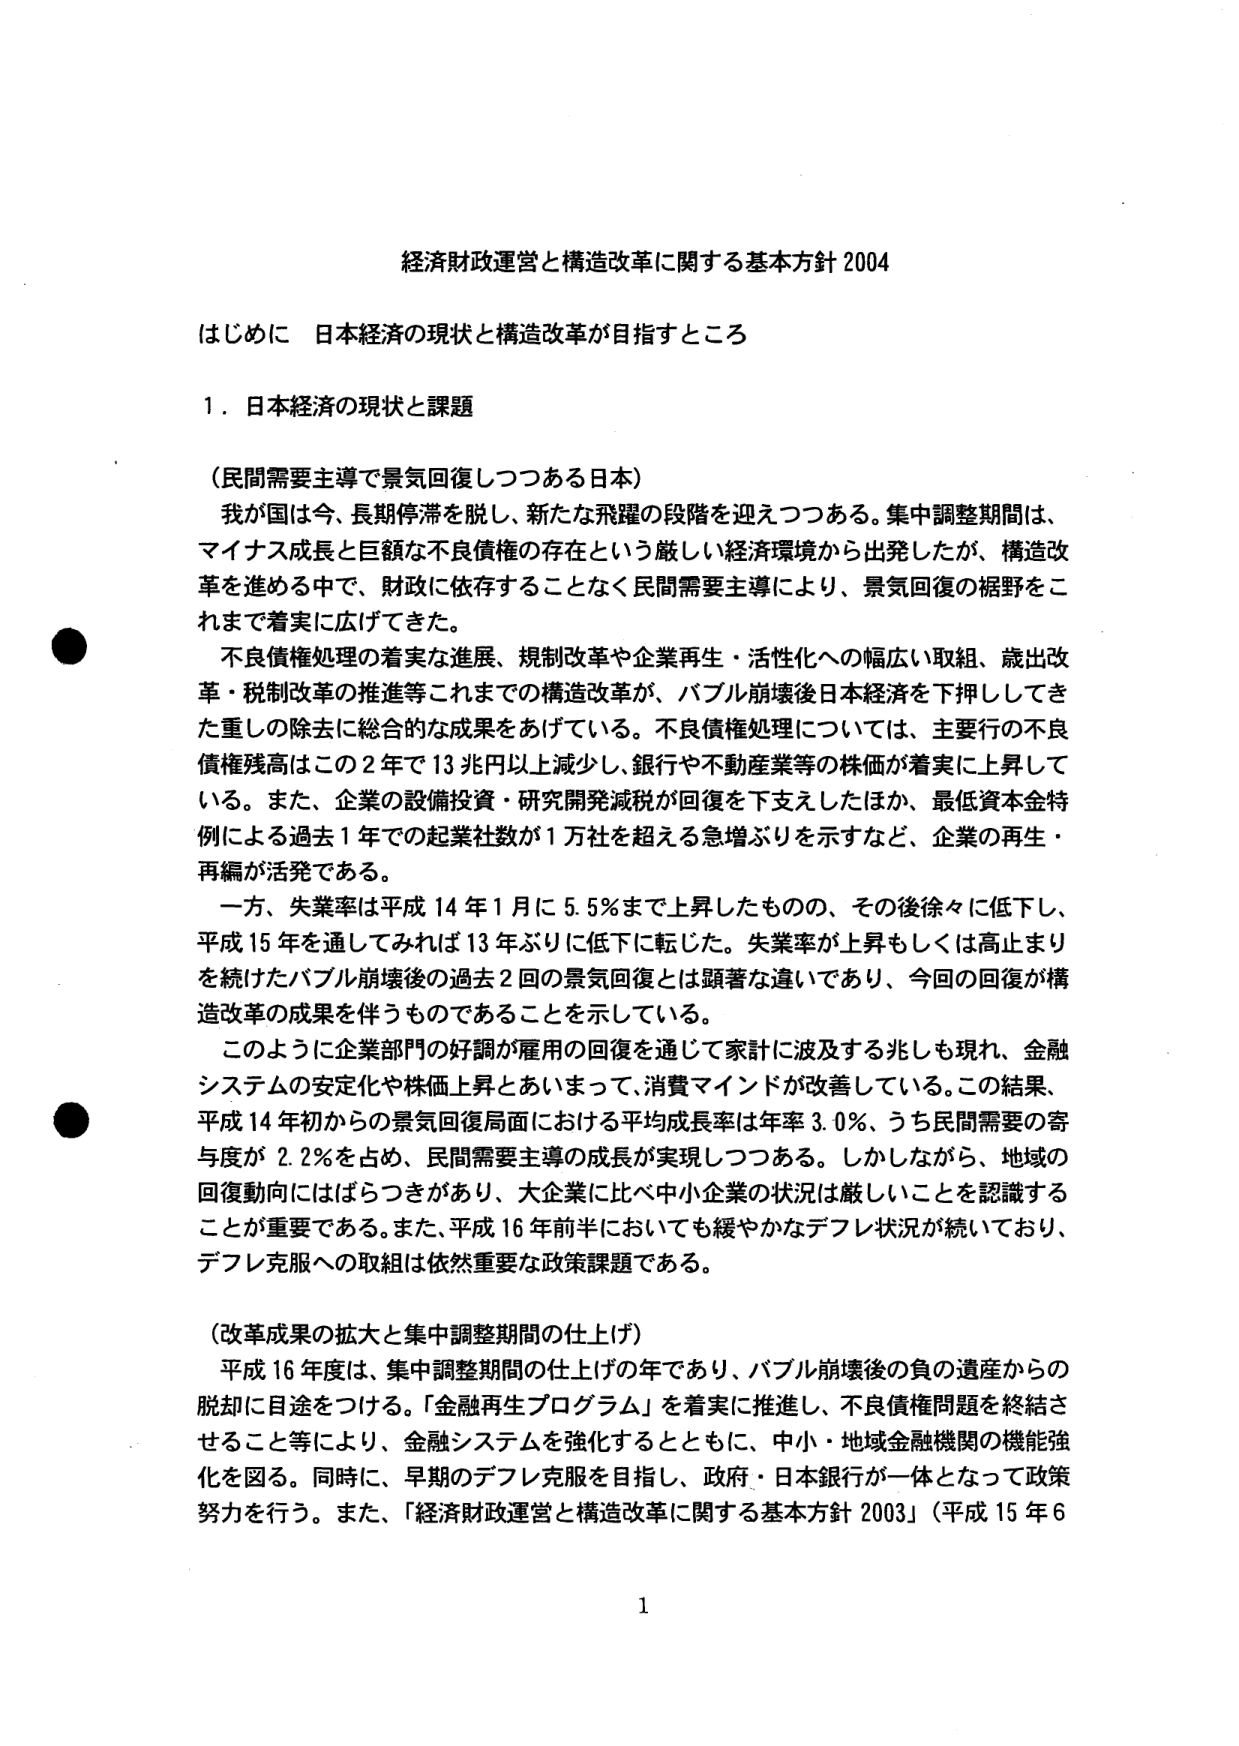
経済財政運営と構造改革に関する基本方針 2004

はじめに 日本経済の現状と構造改革が目指すところ

1．日本経済の現状と課題

（民間需要主導で景気回復しつつある日本）
我が国は今、長期停滞を脱し、新たな飛躍の段階を迎えつつある。集中調整期間は、マイナス成長と巨額な不良債権の存在という厳しい経済環境から出発したが、構造改革を進める中で、財政に依存することなく民間需要主導により、景気回復の裾野をこれまで着実に広げてきた。
不良債権処理の着実な進展、規制改革や企業再生・活性化への幅広い取組、歳出改革・税制改革の推進等これまでの構造改革が、バブル崩壊後日本経済を下押ししてきた重しの除去に総合的な成果をあげている。不良債権処理については、主要行の不良債権残高はこの2年で13兆円以上減少し、銀行や不動産業等の株価が着実に上昇している。また、企業の設備投資・研究開発減税が回復を下支えしたほか、最低資本金特例による過去1年での起業社数が1万社を超える急増ぶりを示すなど、企業の再生・再編が活発である。
一方、失業率は平成14年1月に5.5％まで上昇したものの、その後徐々に低下し、平成15年を通じてみれば13年ぶりに低下に転じた。失業率が上昇もしくは高止まりを続けたバブル崩壊後の過去2回の景気回復とは顕著な違いであり、今回の回復が構造改革の成果を伴うものであることを示している。
このように企業部門の好調が雇用の回復を通じて家計に波及する兆しも現れ、金融システムの安定化や株価上昇とあいまって、消費マインドが改善している。この結果、平成14年初からの景気回復局面における平均成長率は年率3.0％、うち民間需要の寄与度が2.2％を占め、民間需要主導の成長が実現しつつある。しかしながら、地域の回復動向にはばらつきがあり、大企業に比べ中小企業の状況は厳しいことを認識することが重要である。また、平成16年前半においても緩やかなデフレ状況が続いており、デフレ克服への取組は依然重要な政策課題である。

（改革成果の拡大と集中調整期間の仕上げ）
平成16年度は、集中調整期間の仕上げの年であり、バブル崩壊後の負の遺産からの脱却に目途をつける。「金融再生プログラム」を着実に推進し、不良債権問題を終結させること等により、金融システムを強化するとともに、中小・地域金融機関の機能強化を図る。同時に、早期のデフレ克服を目指し、政府・日本銀行が一体となって政策努力を行う。また、「経済財政運営と構造改革に関する基本方針 2003」（平成15年6

1